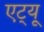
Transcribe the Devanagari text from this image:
एट्यू